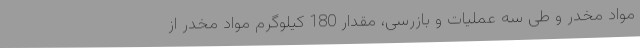
مواد مخدر و طی سه عملیات و بازرسی، مقدار 180 کیلوگرم مواد مخدر از